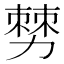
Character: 𠢠